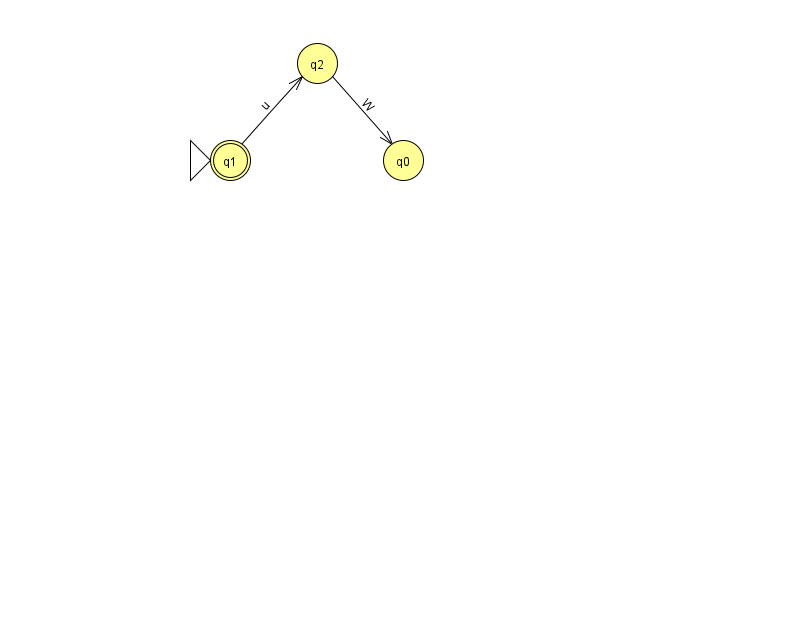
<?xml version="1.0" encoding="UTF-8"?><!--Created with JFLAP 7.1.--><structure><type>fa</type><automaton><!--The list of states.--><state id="0" name="q0"><x>403.0</x><y>147.0</y></state><state id="1" name="q1"><x>230.0</x><y>147.0</y><initial/><final/></state><state id="2" name="q2"><x>317.0</x><y>50.0</y></state><!--The list of transitions.--><transition><from>1</from><to>2</to><read>u</read></transition><transition><from>2</from><to>0</to><read>W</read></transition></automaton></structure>